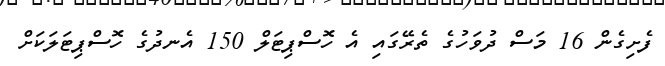
ފެށިގެން 16 މަސް ދުވަހުގެ ތެރޭގައި އެ ހޮސްޕިޓަލް 150 އެނދުގެ ހޮސްޕިޓަލަކަށް